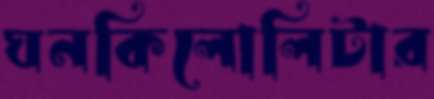
ঘনকিলোলিটার